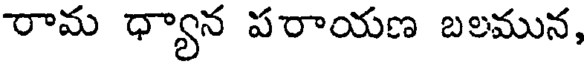
రామ ధ్యాన పరాయణ బలమున,